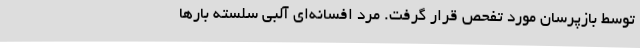
توسط بازپرسان مورد تفحص قرار گرفت. مرد افسانه‌ای آلبی سلسته بارها